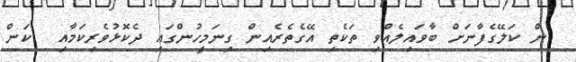
ން ކަލޭގެފާނަށް ބާވައިލެއްވި ތަކެތި އޭގެތެރެއިން ގިނަމީހުންގައި ދެކޮޅުވެރިކަމާއި  ކަން